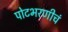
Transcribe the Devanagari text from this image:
पोटभरणीचं